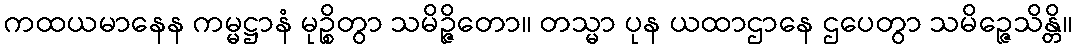
ကထယမာနေန ကမ္မဋ္ဌာနံ မုဉ္စိတွာ သမိဉ္ဇိတော။ တသ္မာ ပုန ယထာဌာနေ ဌပေတွာ သမိဉ္ဇေသိန္တိ။